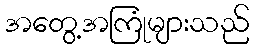
အတွေ့အကြုံများသည်